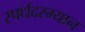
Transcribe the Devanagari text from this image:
स्पर्धदरम्यान